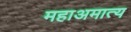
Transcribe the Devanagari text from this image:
महाअमात्य